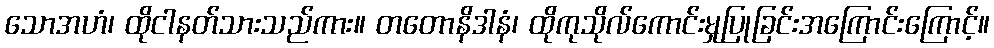
သောအဟံ၊ ထိုငါနတ်သားသည်ကား။ တတောနိဒါနံ၊ ထိုကုသိုလ်ကောင်းမှုပြုခြင်းအကြောင်းကြောင့်။